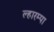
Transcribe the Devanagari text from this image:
ल्हारम्पा